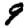
Digit: 9